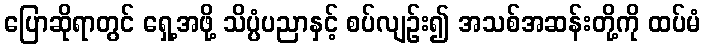
ပြောဆိုရာတွင် ရှေ့အဖို့ သိပ္ပံပညာနှင့် စပ်လျဉ်း၍ အသစ်အဆန်းတို့ကို ထပ်မံ